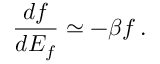
\frac { d f } { d E _ { f } } \simeq - \beta f \, .